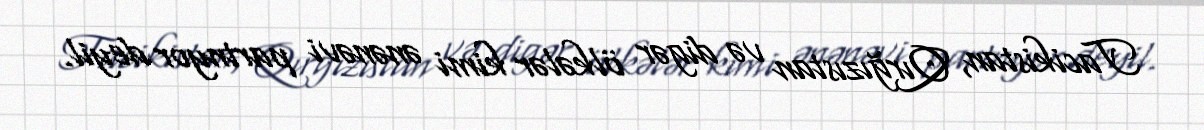
Tacikistan, Qırğızıstan və digər ölkələr kimi ənənəvi partnyor deyil.